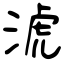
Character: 淲